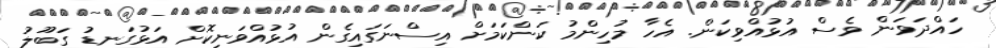
ހައްދަވަން ވެސް އުޅުއްވިކަން. އެހާ މުހިންމު ކަންކަމަށް އިސްނަގައިގެން އުޅުއްވަނިކޮށް އަޅުގަނޑު ގަބޫލު